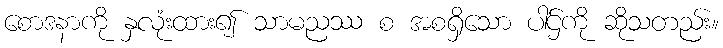
စောဒနာကို နှလုံးထား၍ သာမညဿ စ အစရှိသော ပါဌ်ကို ဆိုသတည်း။